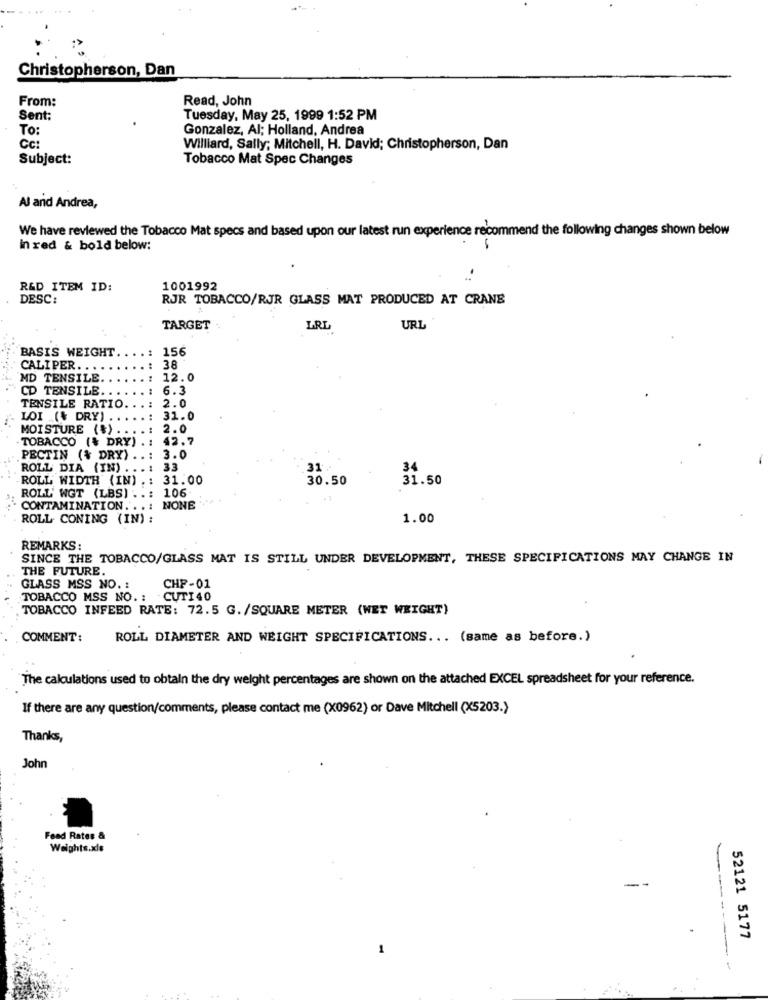
Christopherson, Dan
From:
Read, John
Sent:
Tuesday, May 25, 1999 1:52 PM
TO:
Gonzalez, Al; Holland, Andrea
Cc:
Williard, Sally; Mitchell, H. David; Christopherson, Dan
Subject:
Tobacco Mat Spec Changes
Al and Andrea,
We have reviewed the Tobacco Mat specs and based upon our latest run experience recommend the following changes shown below
in red & bold below:
-
R&D ITEM ID:
1001992
DESC:
RJR TOBACCO/RJR GLASS MAT PRODUCED AT CRANE
TARGET
LRL
URL
BASIS WEIGHT
156
CALIPER ..
: 38
MD TENSILE.
12.0
CD TENSILE ..
6.3
TENSILE RATIO.
2.0
LOI .(& DRY) . .
31.0
MOISTURE (*) ....: 2.0
. TOBACCO (% DRY) . : 42.7
PECTIN (% DRY) ..: 3.0
ROLL DIA (IN) ...: 33
31.
34
ROLL WIDTH (IN) .: 31.00
30.50
31.50
ROLL' WGT (LBS) ..: 106
CONTAMINATION ...: NONE
ROLL CONING (IN) :
1.00
REMARKS:
SINCE THE TOBACCO/GLASS MAT IS STILL UNDER DEVELOPMENT, THESE SPECIFICATIONS MAY CHANGE IN
THE FUTURE.
CHP-01
GLASS MSS NO. :
TOBACCO MSS NO. :
CUTI 40
TOBACCO INFEED RATE: 72.5 G. /SQUARE METER (WET WEIGHT)
COMMENT:
ROLL DIAMETER AND WEIGHT SPECIFICATIONS ... (same as before.)
The calculations used to obtain the dry weight percentages are shown on the attached EXCEL spreadsheet for your reference.
If there are any question/comments, please contact me (X0962) or Dave Mitchell (X5203.)
Thanks,
John
Fead Rates &
Weights.xls
-
52121 5177
1